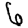
Digit: 6